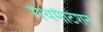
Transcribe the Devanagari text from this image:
मैथमैटिशन